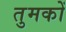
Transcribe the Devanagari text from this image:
तुमकों